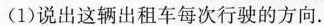
(1)说出这辆出租车每次行驶的方向.